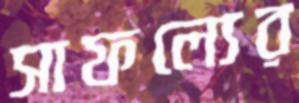
সাফল্যের